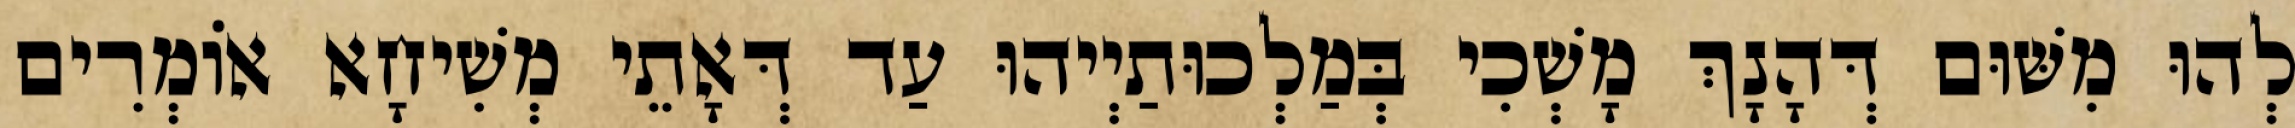
לְהוּ מִשּׁוּם דְּהָנָךְ מָשְׁכִי בְּמַלְכוּתַיְיהוּ עַד דְּאָתֵי מְשִׁיחָא אוֹמְרִים